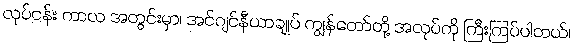
လုပ်ငန်း ကာလ အတွင်းမှာ၊ အင်ဂျင်နီယာချုပ် ကျွန်တော်တို့ အလုပ်ကို ကြီးကြပ်ပါတယ်၊